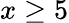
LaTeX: x\ge 5